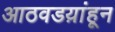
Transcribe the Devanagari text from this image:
आठवडय़ांहून